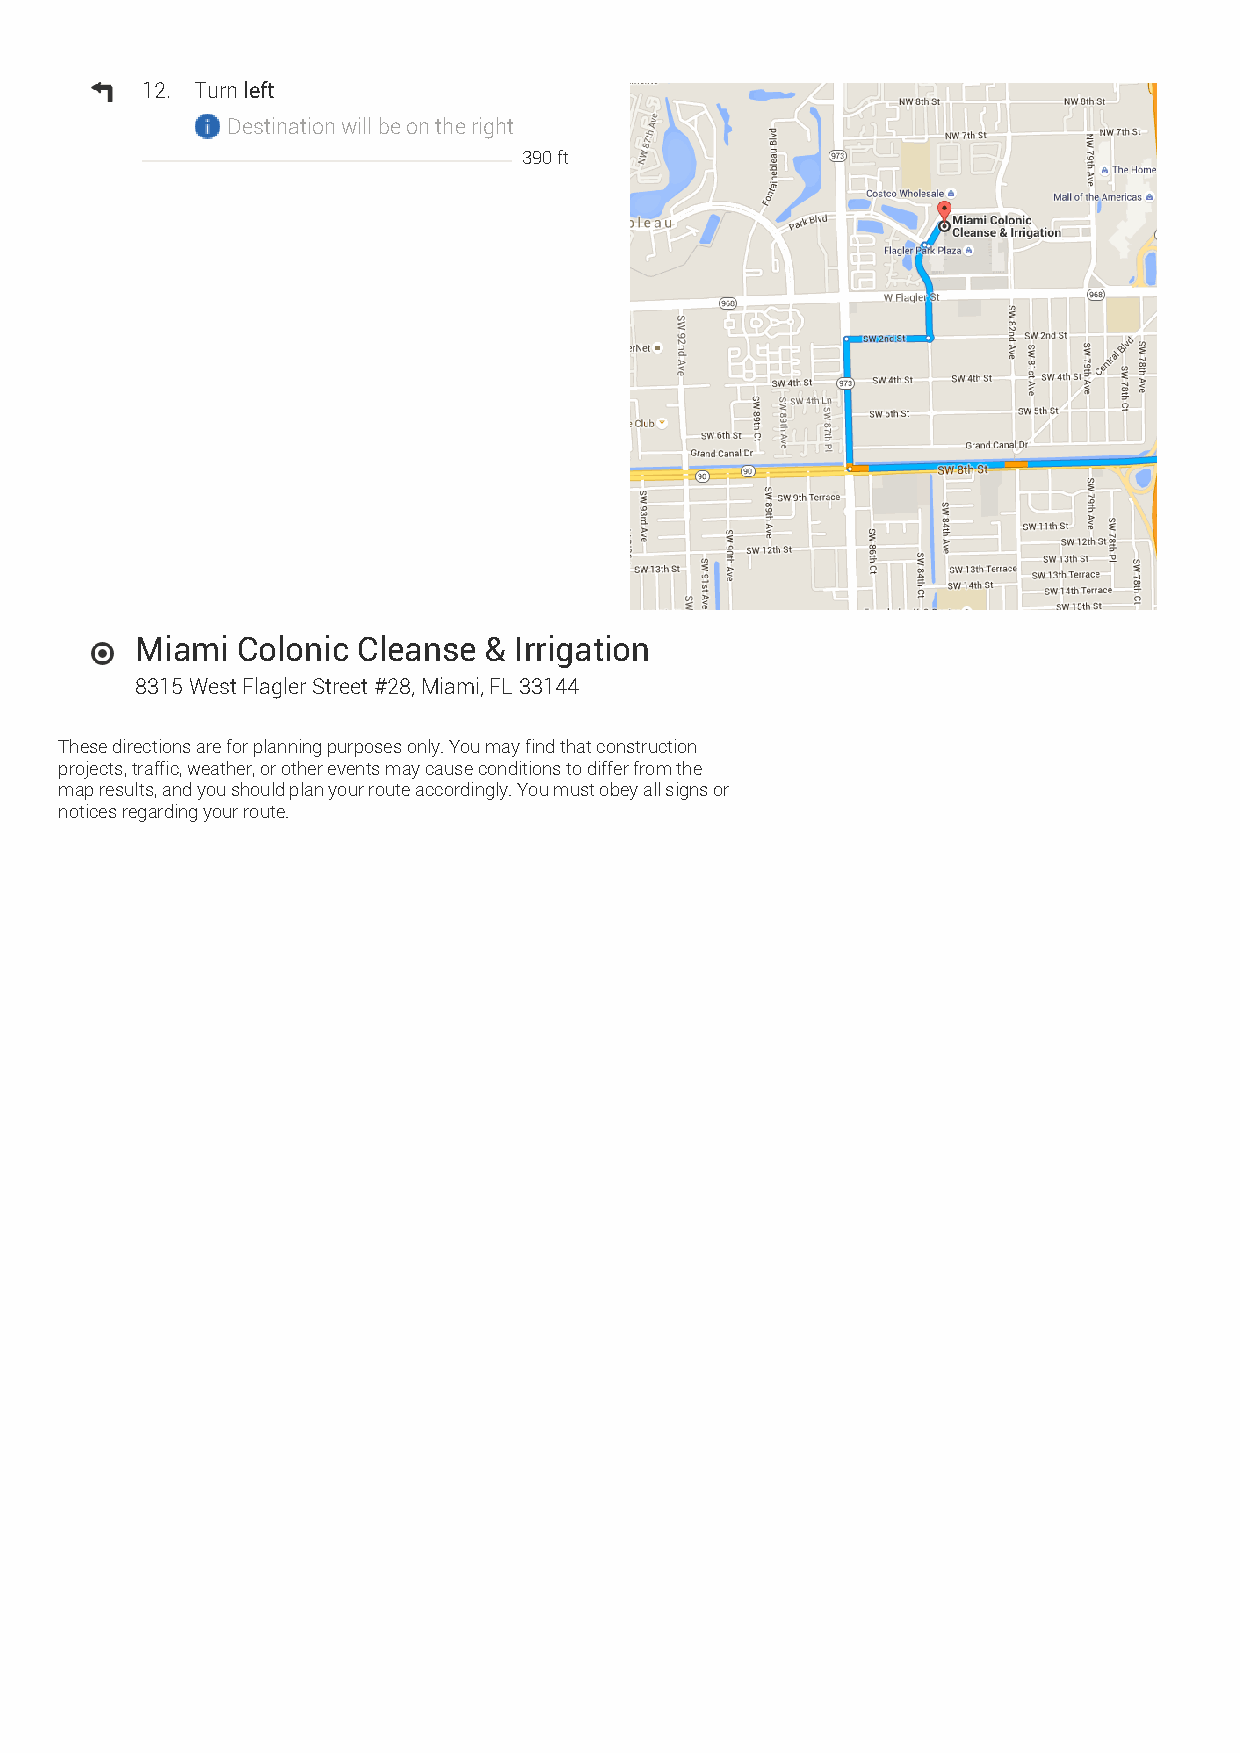
12. Turn left
 Destination will be on the right
 390 ft
 Miami  Colonic Cleanse & Irrigation
 8315 West Flagler Street #28, Miami, FL 33144
 These directions are for planning purposes only. You may find that construction
 projects, traffic, weather, or other events may cause conditions to differ from the
 map results, and you should plan your route accordingly. You must obey all signs or
 notices regarding your route.